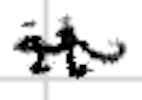
Text: it
Cross-out: wave
Writing tool: digital_black